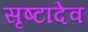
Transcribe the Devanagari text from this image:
सृष्टादेव